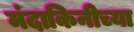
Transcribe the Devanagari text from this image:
मंदाकिनीच्या